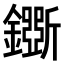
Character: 𨮕